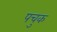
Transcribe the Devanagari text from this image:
पचुक